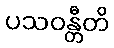
ပသဝန္တီတိ